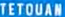
TETOUAN